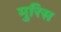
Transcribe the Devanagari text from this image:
मुरिस